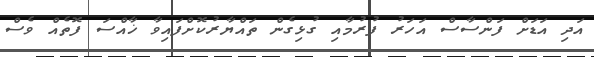
އަދި އަޑަށް ފަންސާސް އަހަރު ފުރުމާއި ގުޅިގެން ތައްޔާރުކޮށްފައިވާ ޚާއްސަ ފޮތެއް ވެސް